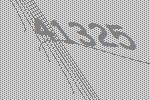
41325